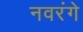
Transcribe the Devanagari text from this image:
नवरंगे